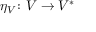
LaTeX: \eta _ { V } \colon V \to V ^ { * }